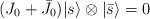
LaTeX: \begin{align*}(J_0+\bar{J}_0){\vert{s}\rangle}\otimes{\vert{\bar{s}}\rangle}= 0\end{align*}